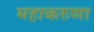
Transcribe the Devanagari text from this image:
महाकरुणा